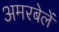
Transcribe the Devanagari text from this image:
अमरबेलें